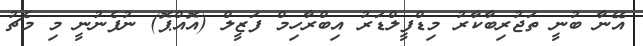
އޭނާ ބުނީ ތަޖުރިބާކާރު މިޑްފީލްޑަރު އިބްރާހިމް ފަޒީލް (އޮއްޕޮ) ނުފެނުނީ މި މެޗު